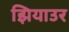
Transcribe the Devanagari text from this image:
झियाउर